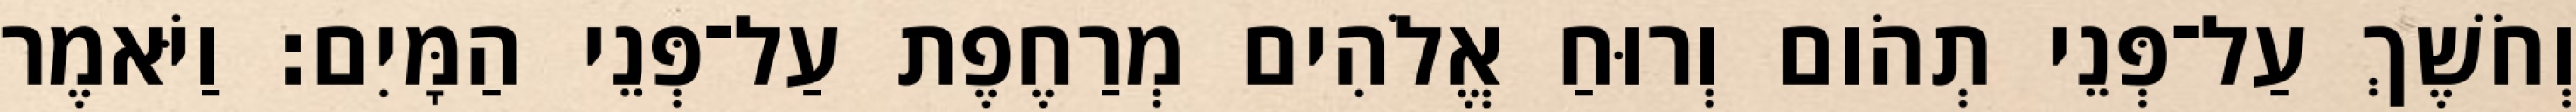
וְחֹשֶׁךְ עַל־פְּנֵי תְהֹום וְרוּחַ אֱלֹהִים מְרַחֶפֶת עַל־פְּנֵי הַמָּיִם׃ וַיֹּאמֶר